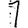
Digit: 1